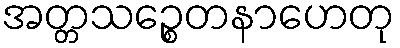
အတ္တသဉ္စေတနာဟေတု